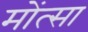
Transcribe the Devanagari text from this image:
मोंत्सा